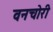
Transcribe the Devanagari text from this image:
वनचोरी